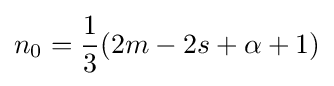
n_{0}={\frac {1}{3}}(2m-2s+\alpha +1)